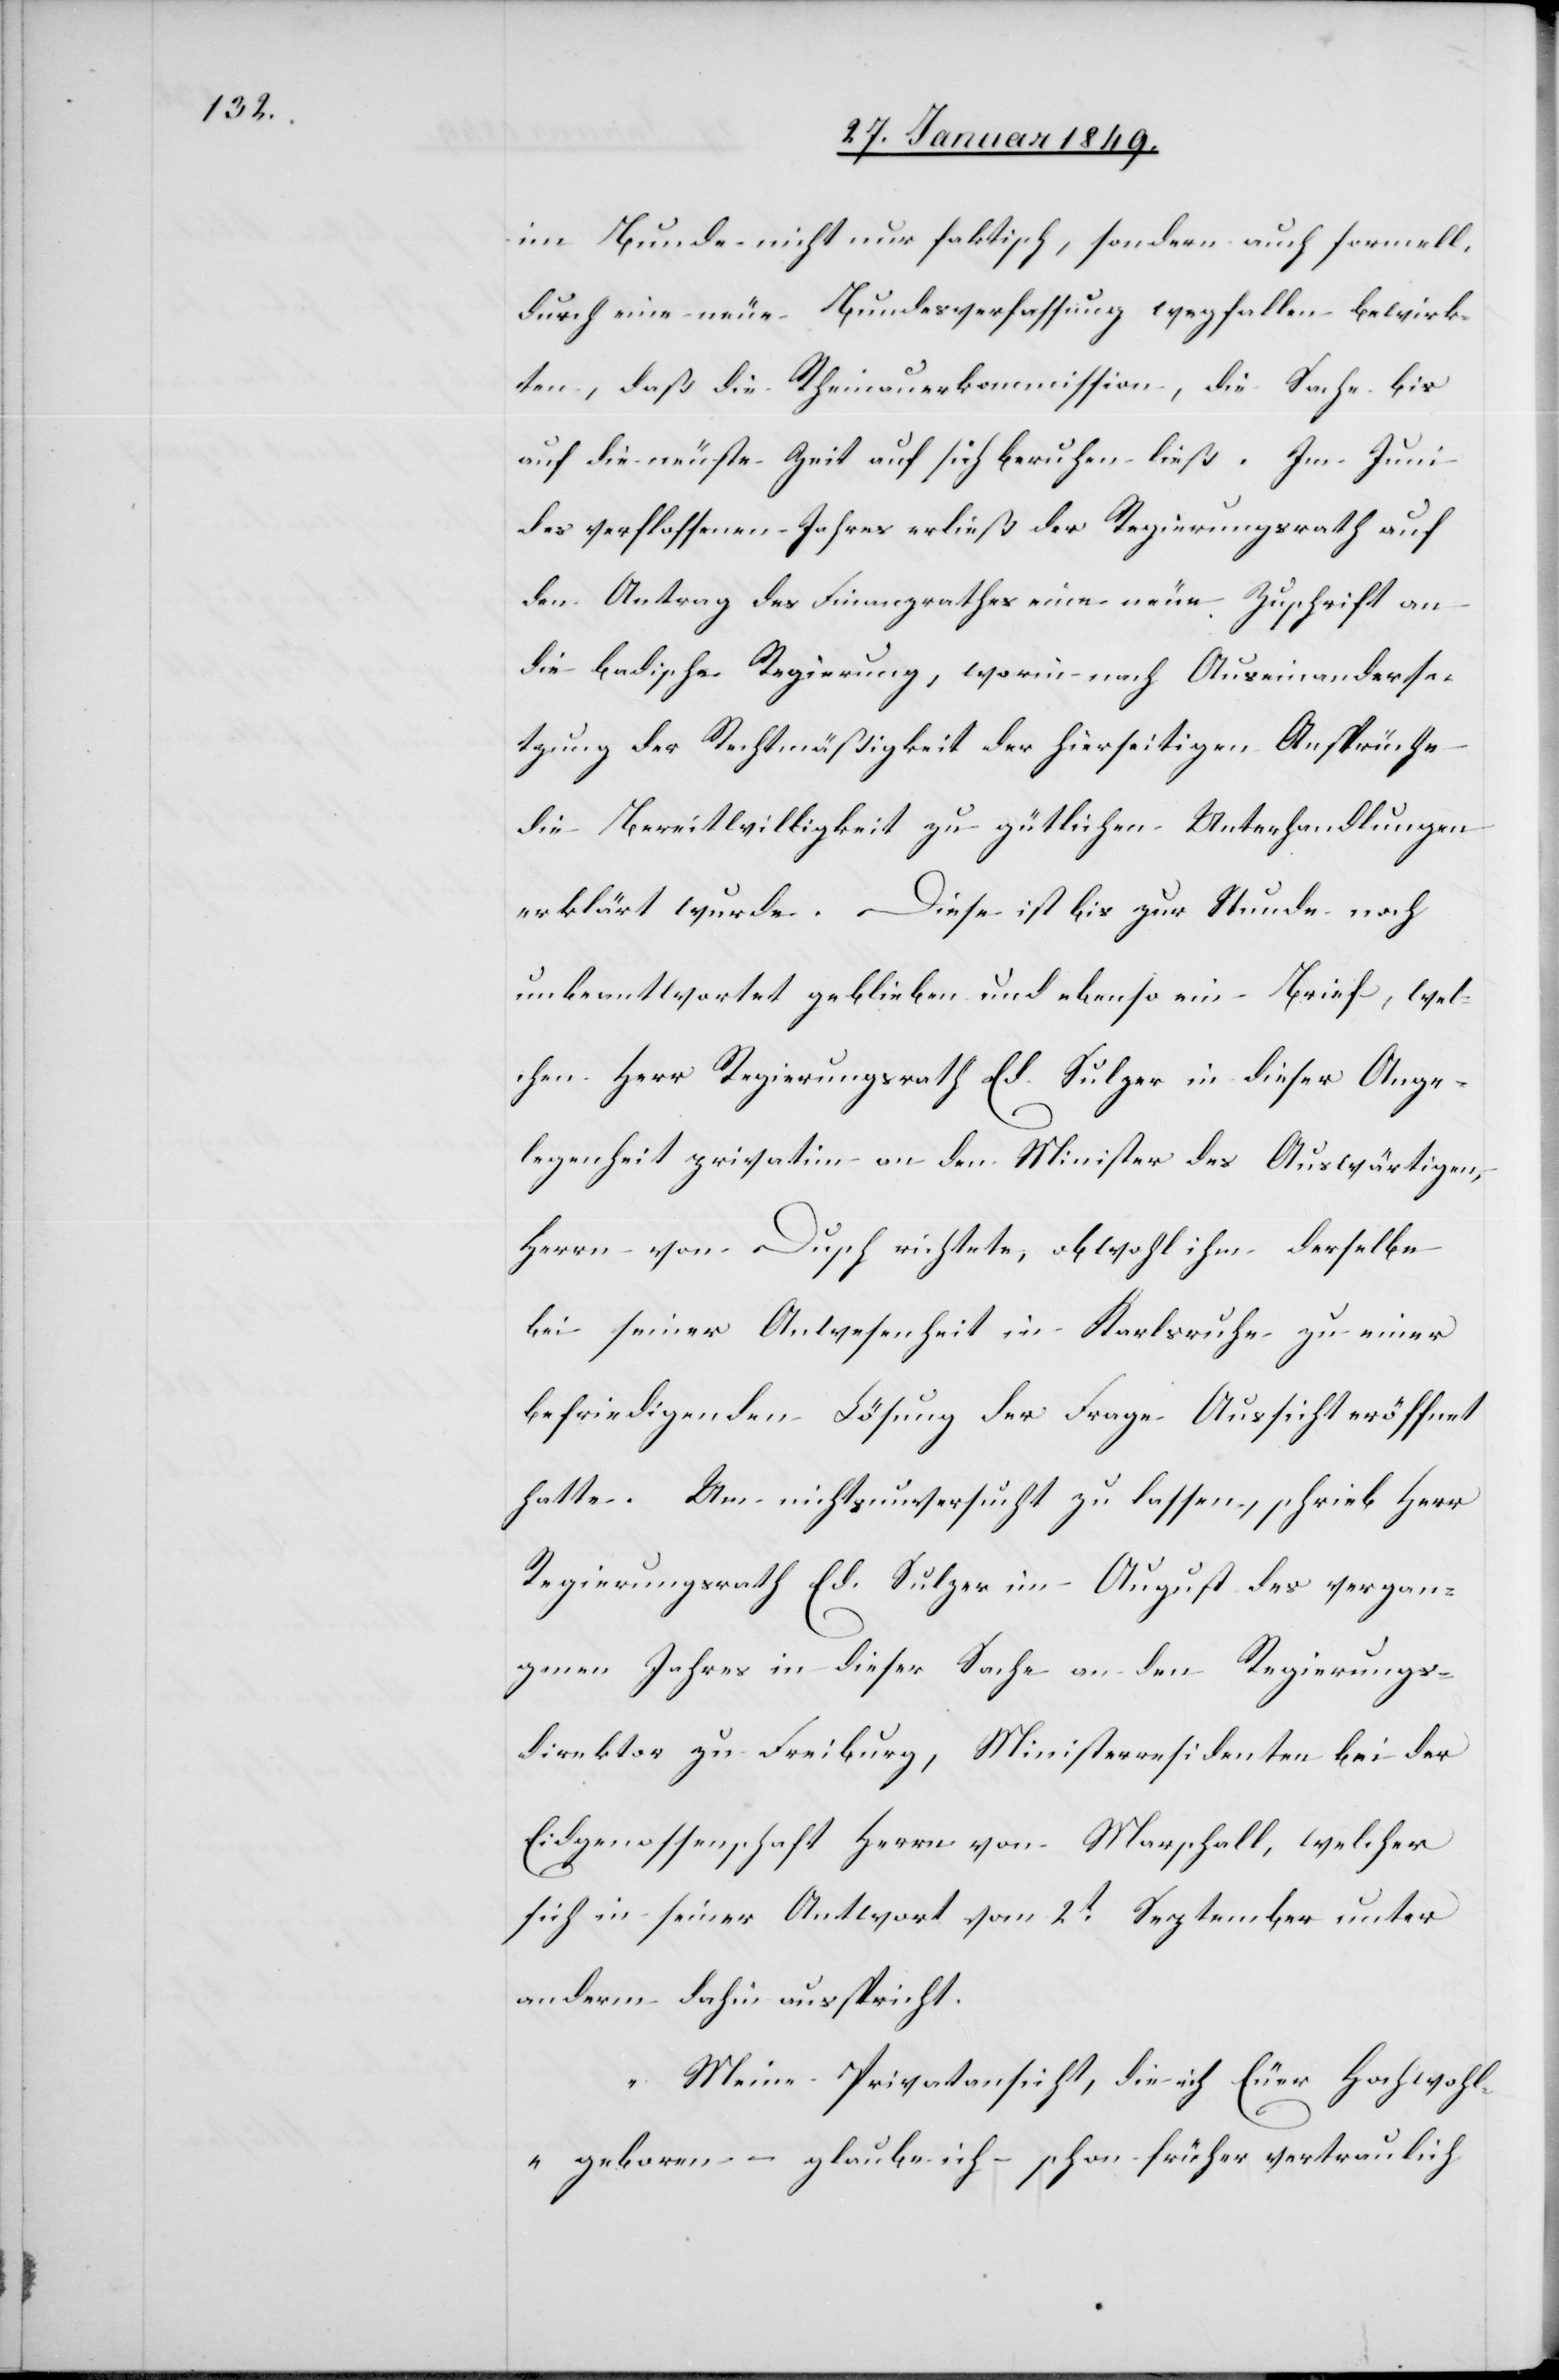
im Bunde nicht nur faktisch, sondern auch formell
durch eine neue Bundesverfassung wegfallen bewirk¬
ten, daß die Rheinauerkommission, die Sache bis
auf die neuste Zeit auf sich beruhen ließ. Im Juni
des verflossenen Jahres erließ der Regierungsrath auf
den Antrag des Finanzrathes eine neue Zuschrift an
die badische Regierung, worin nach Auseinanderse¬
tzung der Rechtmäßigkeit der hierseitigen Ansprüche
die Bereitwilligkeit zu gütlichen Unterhandlungen
erklärt wurde. Diese ist bis zur Stunde noch
unbeantwortet geblieben und ebenso ein Brief, wel¬
chen Herr Regierungsrath Ed. Sulzer in dieser Ange¬
legenheit privatim an den Minister des Auswärtigen,
Herr von Dusch richtete, obwohl ihm derselbe
bei seiner Anwesenheit in Karlsruhe zu einer
befriedigenden Lösung der Frage Aussicht eröffnet
hatte. Um nichts unversucht zu lassen, schrieb Herr
Regierungsrath Ed. Sulzer im August des vergan¬
genen Jahres in dieser Sache an den Regierungs¬
direktor zu Freiburg, Ministerresidenten bei der
Eidgenossenschaft Herrn von Marschall, welcher
sich in seiner Antwort vom 2t. September unter
anderm dahin ausspricht.
„Meine Privatansicht, die ich Euer Hochwohl¬
geboren – glaube ich – schon früher vertraulich